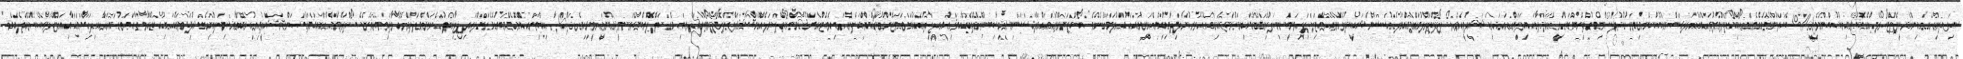
ސިފައިންގެއިންރެކީޕެޓްރޯލެއްގެގޮތުގައިނުކުންނެވި 10 ބޭކަލުންގެތެރޭގައިކޯޕްރަލްމުޙައްމަދުޙަސަންނުކުންނެވިވަގުތުދުސްމިނުންދިންބަޑީގެޙަމަލާގައިވަޒަންއަރައިޝަހީދުވީއެވެ. ކޯޕްރަލްމުޙައްމަދުޙަސަންޝަހީދުވެގެންވެއްޓިފައިވަނީސިފައިންގެމައިމަރުކަޒުއިރުއުތުރުކަނާދިމާއިންއަމީރުއަޙުމަދުމަގަށެވެ. ކޯޕްރަލްމުޙައްމަދުޙަސަންމިސާބިތުކޮށްދެއްވިޤައުމީޖިހާދުގެއަގުވަޒަންކުރައްވައި ޕްރައިވެޓެއްގެމަޤާމުންކޯޕްރަލެއްގެމަޤާމަށްޕްރޮމޯޓްކުރައްވައި މެޑަލްފޮރބްރޭވަރީ (ހުރަވީރިހިމެޑަލް) އާއިތިނެއްނޮވެމްބަރުގެމެޑަލްއަދިޖިހާދުގެރަތްމެޑަލްދެއްވާފައިވެއެވެ. ކޯޕްރަލްމުޙައްމަދުޙަސަންޝަހީދުވިއިރުއޭނާސިފައިންގެޚިދުމަތުގައިއުޅުއްވާތާހަތަރުއަހަރާއިދިހަމަހާއިއަށްދުވަސްވެއްޖެއެވެ.